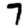
Digit: 7